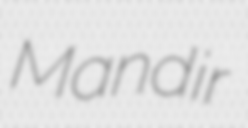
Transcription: Mandir